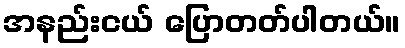
အနည်းငယ် ပြောတတ်ပါတယ်။